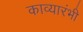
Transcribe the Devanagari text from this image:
काव्यारंभी